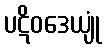
ပဋိဝဒေယျုံ